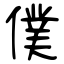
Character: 僕